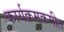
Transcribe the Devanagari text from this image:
कार्यक्रमकमीत